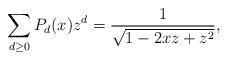
LaTeX: \begin{align*}\sum_{d \ge 0} P_d(x)z^d = \frac 1{\sqrt {1-2xz+z^2}},\end{align*}